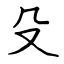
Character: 殳